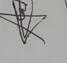
Signature authenticity: genuine